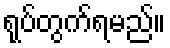
ရုပ်တွက်ရမည်။